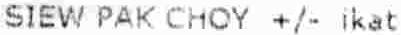
SIEW PAK CHOY +/- IKAT